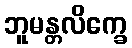
ဘူမန္တလိက္ခေ